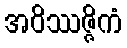
အဝိဿဇ္ဇိကံ